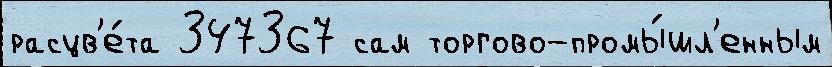
расцв'е́та 347367 сам торгово-промы́шл'енным